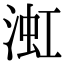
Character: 渱